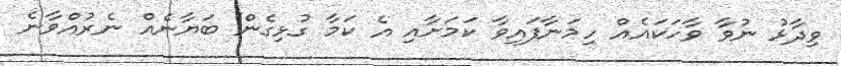
ވިދާޅު ނުވާ ވާހަކައެއް ހިމަނާފައިވާ ކަމަށާއި އެ ކަމާ ގުޅިގެން ބަޔާނެއް ނެރުއްވާނެ